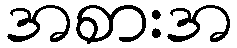
အစားအ